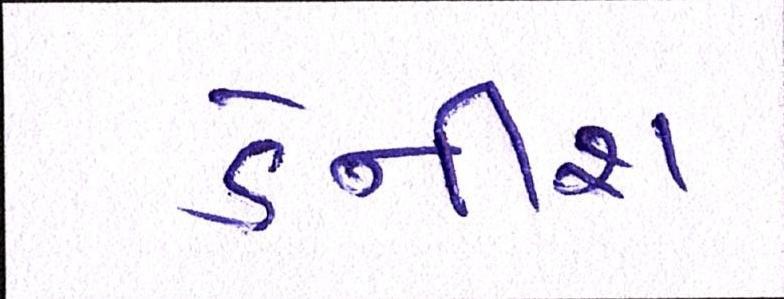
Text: ડેનીશ